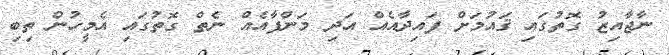
ނާޖާއިޒު ގޮތުގައި ޤައުމަށް ފައިދާއެއް އަދި މަންފާއެއް ނެތް ގޮތުގައި އެމީހުން ތިބި